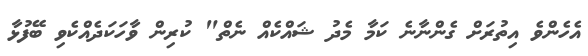
އެހެންވެ އިތުރަށް ގެންނާނެ ކަމާ މެދު ޝައްކެއް ނެތް" ކުރިން ވާހަކަދެއްކެވި ބޭފުޅާ